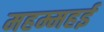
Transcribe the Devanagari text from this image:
महम्महई